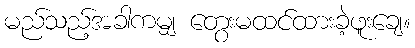
မည်သည့်အခါကမျှ တွေးမထင်ထားခဲ့ဖူးချေ။